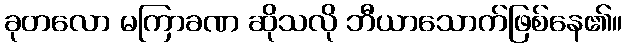
ခုတလော မကြာခဏ ဆိုသလို ဘီယာသောက်ဖြစ်နေ၏။